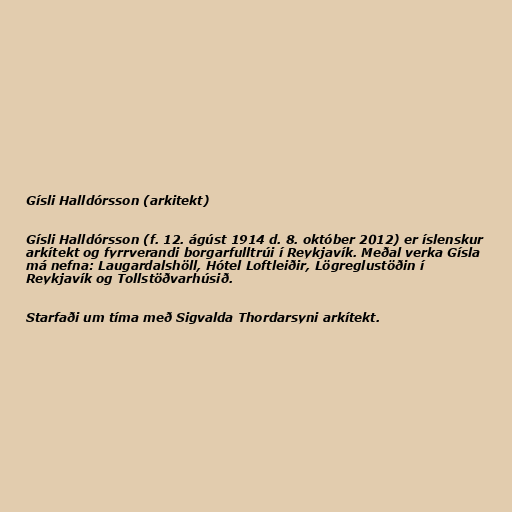
Gísli Halldórsson (arkitekt)

Gísli Halldórsson (f. 12. ágúst 1914 d. 8. október 2012) er íslenskur
arkítekt og fyrrverandi borgarfulltrúi í Reykjavík. Meðal verka Gísla
má nefna: Laugardalshöll, Hótel Loftleiðir, Lögreglustöðin í
Reykjavík og Tollstöðvarhúsið.

Starfaði um tíma með Sigvalda Thordarsyni arkítekt.